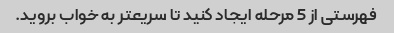
فهرستی از 5 مرحله ایجاد کنید تا سریعتر به خواب بروید.